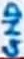
Text: GND